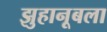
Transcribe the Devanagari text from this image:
झुहानूबला